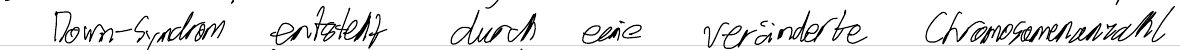
Down-Syndrom entsteht durch eine veränderte Chromosomenzahl